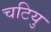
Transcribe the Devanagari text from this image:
चटियु